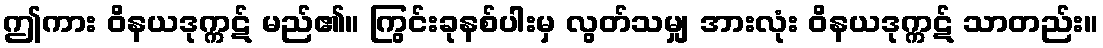
ဤကား ဝိနယဒုက္ကဋ် မည်၏။ ကြွင်းခုနစ်ပါးမှ လွတ်သမျှ အားလုံး ဝိနယဒုက္ကဋ် သာတည်း။